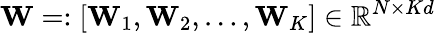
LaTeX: \textbf{W}=:\left[\textbf{W}_{1},\textbf{W}_{2},\dots,\textbf{W}_{K}\right]\in\mathbb{R}^{N\times Kd}